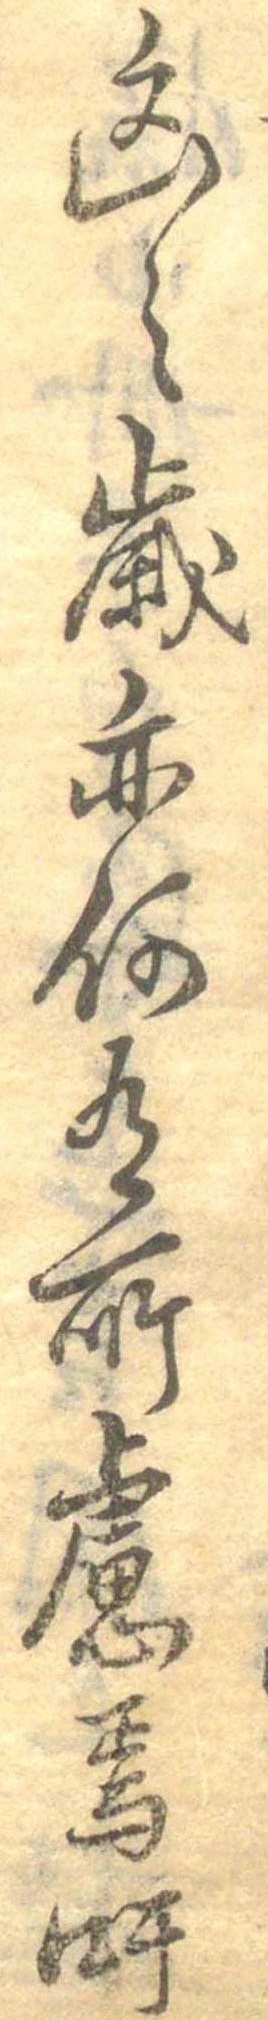
凶之歳亦何有所慮焉吁